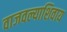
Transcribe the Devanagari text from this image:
वाजवल्याशिवाय